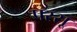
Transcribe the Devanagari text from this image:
पस्सू